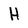
Character: H